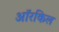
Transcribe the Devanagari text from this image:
ऑरकिल